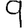
Digit: 9